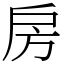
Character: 房